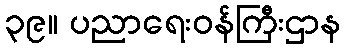
၃၉။ ပညာရေးဝန်ကြီးဌာန